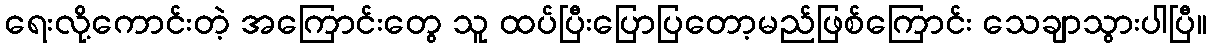
ရေးလို့ကောင်းတဲ့ အကြောင်းတွေ သူ ထပ်ပြီးပြောပြတော့မည်ဖြစ်ကြောင်း သေချာသွားပါပြီ။